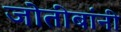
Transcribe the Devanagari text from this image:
जोतीबांनी